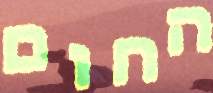
החום